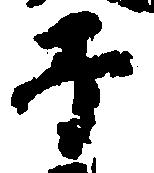
子